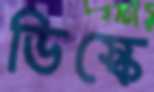
ডিস্কে